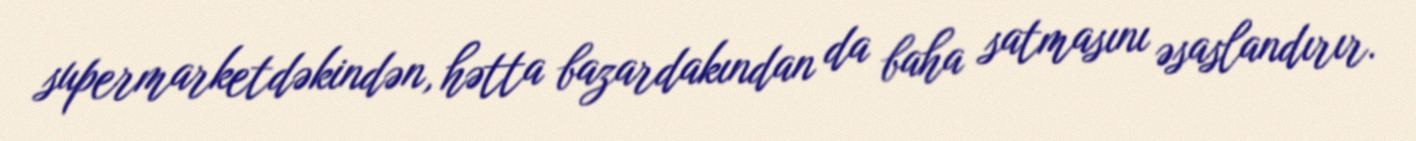
supermarketdəkindən, hətta bazardakından da baha satmasını əsaslandırır.